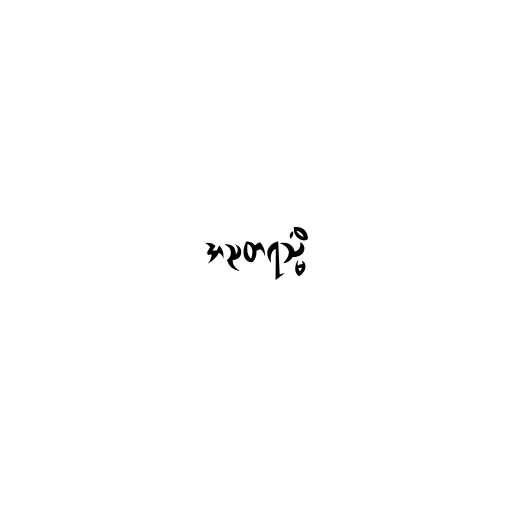
အညတရသ္မိံ